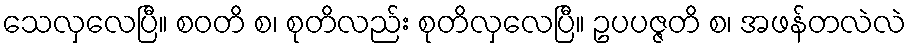
သေလှလေပြီ။ စဝတိ စ၊ စုတိလည်း စုတိလှလေပြီ။ ဥပပဇ္ဇတိ စ၊ အဖန်တလဲလဲ